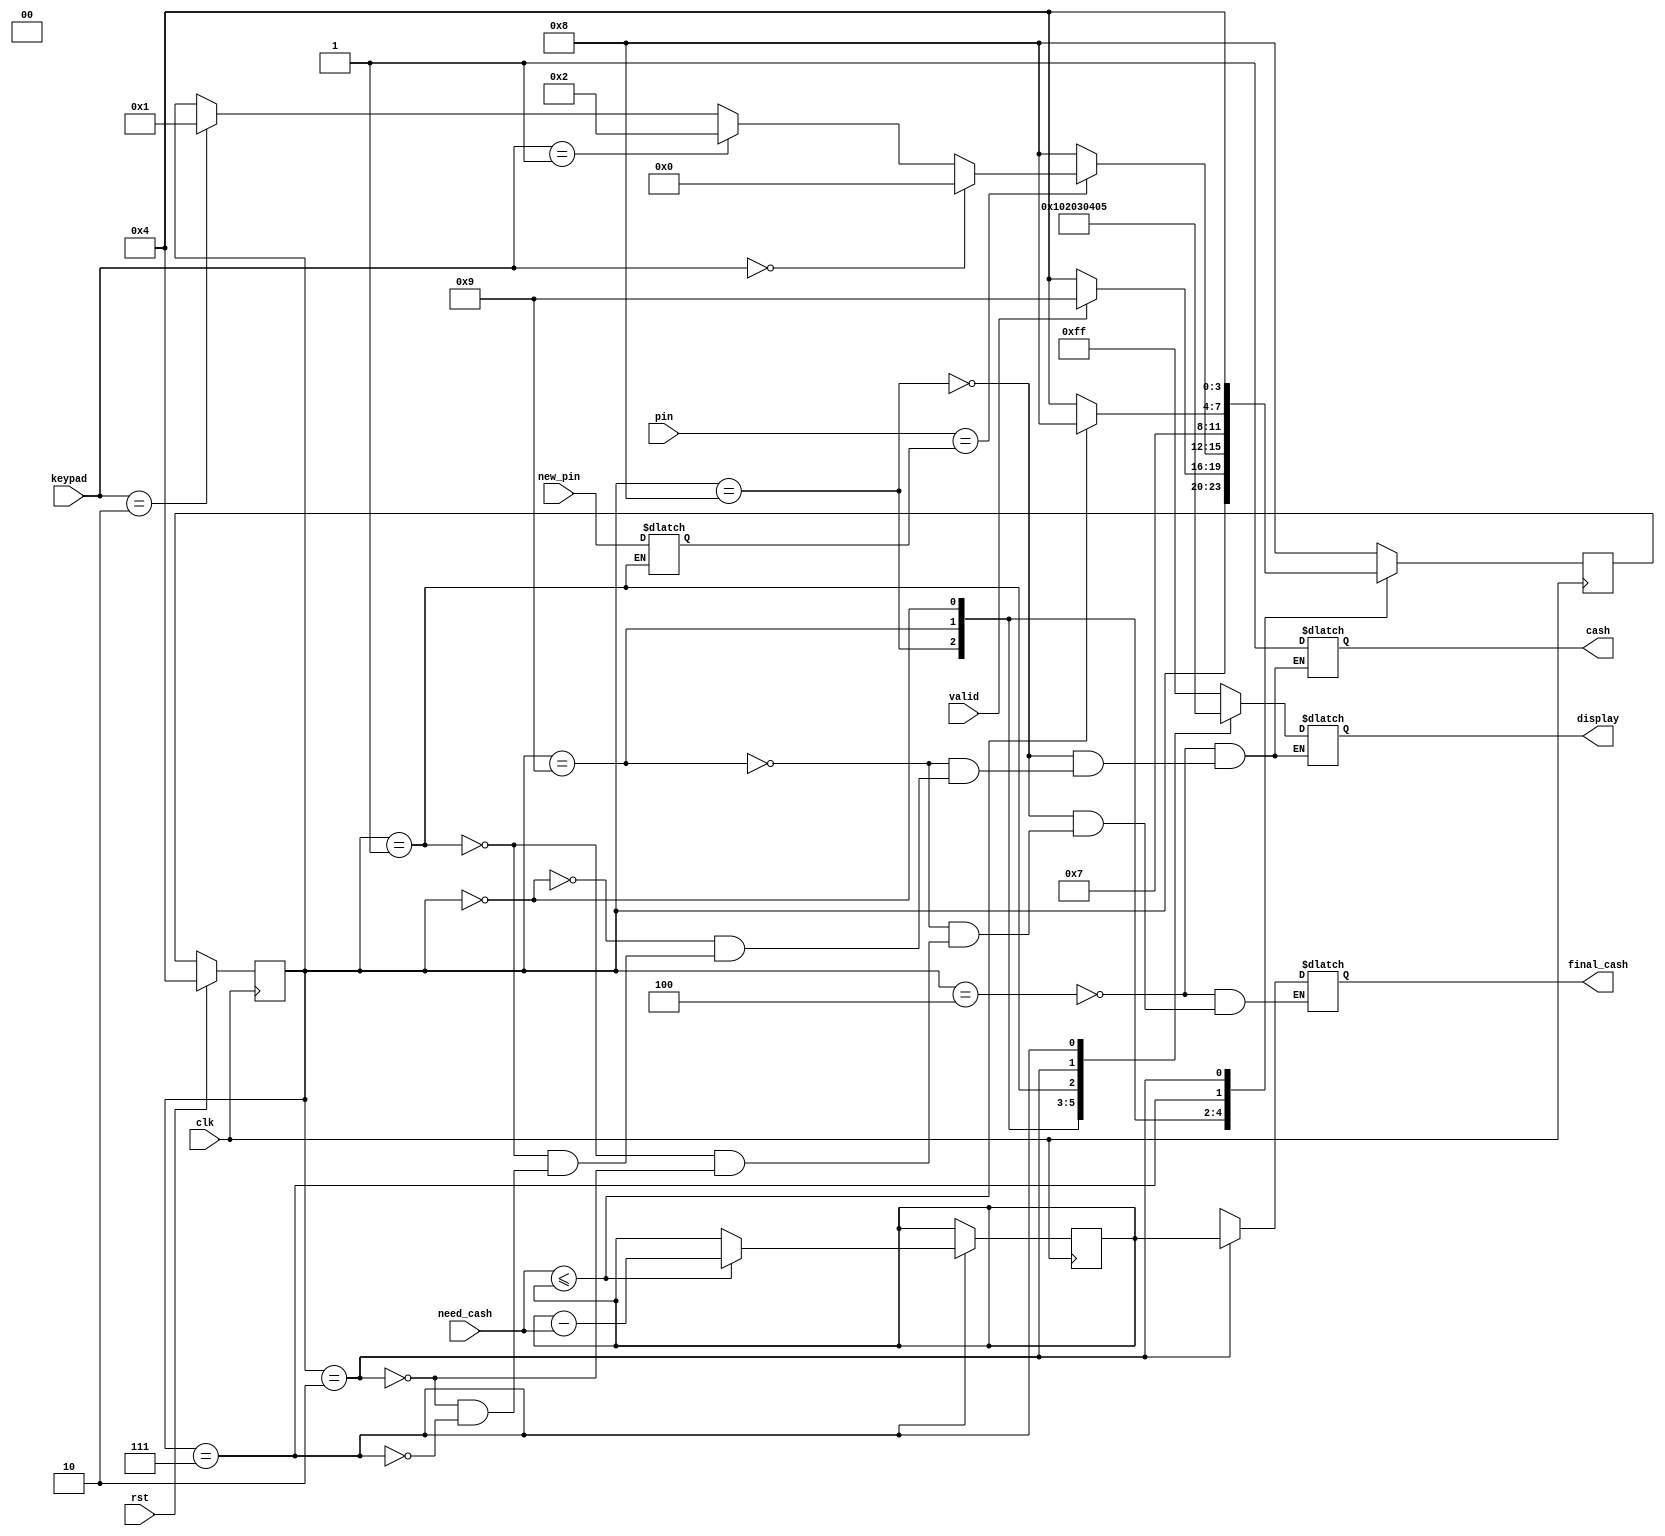
`timescale 1ns / 1ps
//////////////////////////////////////////////////////////////////////////////////
// Company: 
// Engineer: 
// 
// Design Name: 
// Module Name: atm
// Project Name: 
// Target Devices: 
// Tool Versions: 
// Description: 
// 
// Dependencies: 
// 
// Revision:
// Revision 0.01 - File Created
// Additional Comments:
// 
//////////////////////////////////////////////////////////////////////////////////


module atm( rst,pin,keypad,clk,valid,need_cash,new_pin,cash,final_cash,display);
input rst;
input [3:0]pin;
input [3:0]keypad;
input clk,valid;
input [9:0]need_cash;
input [3:0]new_pin;
output reg cash;
output reg [9:0]final_cash;
output reg [7:0]display;


  parameter insert_card = 4'b1000;
  parameter enter_pin = 4'b1001;
  parameter withdraw = 4'b0000;
  parameter change_pin = 4'b0001;
  parameter balance_check = 4'b0010;
  parameter idle = 4'b0100;
  parameter amount_tb_wd = 4'b0111; 
  reg [3:0]vpin = 4'b0100;
  reg [3:0]curr_state,nxt_state;
  reg [9:0]remain_bal = 10'b0001000100;
  
always @ (*) begin
case( curr_state)
 idle: begin
 display <= 8'b11111111;
 final_cash <= 8'bxxxxxxxx;
 cash  <= 1'bx; end
 
 insert_card : begin
 display <= 8'b00000000;
 final_cash <= 8'bxxxxxxxx;
 cash  <= 1'bx; end
 
 enter_pin : begin
 display <= 8'b00000001;
 final_cash <= 8'bxxxxxxxx;  
 cash  <= 1'bx; end  
  
 withdraw : begin
 display <= 8'b00000010;
 cash  <= 1'bx; end   
  
 change_pin : begin
 display <= 8'b00000011;
 final_cash <= 8'bxxxxxxxx;  
 vpin <= new_pin;
 cash  <= 1'bx; end  
  
 balance_check : begin
 display <= 8'b00000100;
 // check remain_bal <= remain_bal - need_cash;
 final_cash <=  remain_bal;
 cash  <= 1'bx; end  
  
 amount_tb_wd : begin
 display <= 8'b00000101;
 cash  <= 1'b1; end 
 
  endcase
  end
  always @ (posedge clk ) begin   
   if (rst) 
 curr_state<= idle;
 else begin
 curr_state<=nxt_state;
 end
 end
 
 always @ (posedge clk) begin
 nxt_state <= curr_state;
 case(curr_state) 
 idle:begin
 nxt_state<=curr_state;
 end
insert_card : begin
if (valid) begin
nxt_state <= enter_pin;
end
else
nxt_state <= idle;
end

enter_pin : begin
if (pin == vpin) begin
   if (keypad == 0)
   nxt_state <= withdraw;
   else if (keypad == 1)
   nxt_state <= balance_check;
   else if (keypad == 2)
   nxt_state<=change_pin;
   end
 else
 nxt_state<=insert_card;
 end
 
 withdraw : begin
 nxt_state <= amount_tb_wd; end
 
 amount_tb_wd : begin
 if (need_cash <= remain_bal) begin
  remain_bal <= remain_bal - need_cash;
  nxt_state <= insert_card;
  end
 else
 nxt_state<= idle;
 end
 
 balance_check : begin
 nxt_state<= idle;
 end
 
 change_pin : begin
 nxt_state<= insert_card;
  end
  
 default : 
 nxt_state <= insert_card;
 
 endcase
 end
 
endmodule